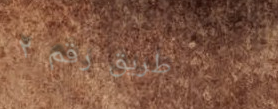
طريق رقم ٢